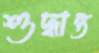
শুদ্ধান্ত